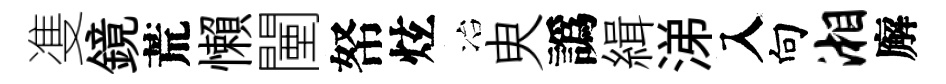
㕠鏡荒懶闉帑炫冶㬰譌緝涕入向湘廨